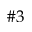
\# 3